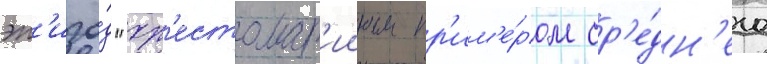
эп'изо́д "хр'естомат'ииным пр'им'е́ром ср'е́дн'его